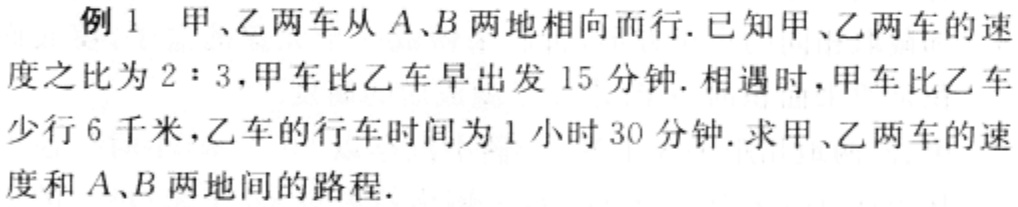
例1 甲、乙两车从\(A\)、\(B\)两地相向而行. 已知甲、乙两车的速度之比为\(2:3\)，甲车比乙车早出发\(15\)分钟. 相遇时，甲车比乙车少行\(6\)千米，乙车的行车时间为\(1\)小时\(30\)分钟. 求甲、乙两车的速度和\(A\)、\(B\)两地间的路程.